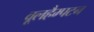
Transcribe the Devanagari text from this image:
वूलहैम्पटन